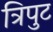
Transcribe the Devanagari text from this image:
त्रिपुट